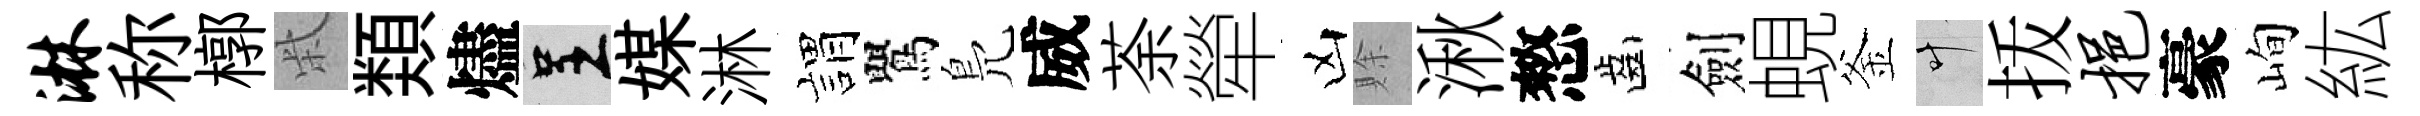
淋称槨柴𩔖燼呈媒淋娟鸎鳬威荼犖凶賖湫憗齒劍蜆釜叶㧞挹豪峋紘